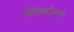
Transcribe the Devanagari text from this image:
एपिस्टोला